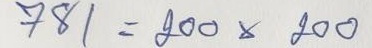
781 = 200 x 200